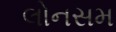
લોનસમ